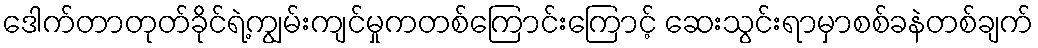
ဒေါက်တာတုတ်ခိုင်ရဲ့ကျွမ်းကျင်မှုကတစ်ကြောင်းကြောင့် ဆေးသွင်းရာမှာစစ်ခနဲတစ်ချက်